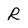
Character: R